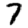
Digit: 7